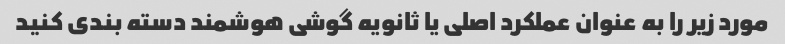
مورد زیر را به عنوان عملکرد اصلی یا ثانویه گوشی هوشمند دسته بندی کنید